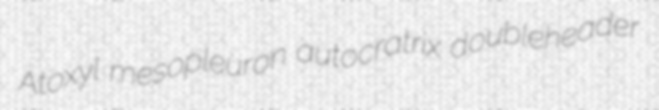
Atoxyl mesopleuron autocratrix doubleheader